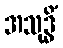
အသုဒ္ဓိံ